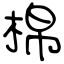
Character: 棉